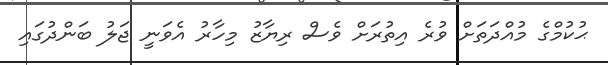
ޙުކުމްގެ މުއްދަތަށް ވުރެ އިތުރަށް ވެސް ރިޔާޒު މިހާރު އެވަނީ ޖަލު ބަންދުގައި